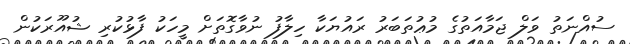
ސުއްނަތު ވަލް ޖަމާއަތުގެ މުޢުތަބަރު ރައުޔަކާ ހިލާފު ނުވާގޮތަށް މީހަކު ފާޅުކުރި ޝުއޫރަކުން